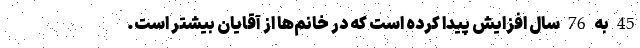
45 به 76 سال افزایش پیدا کرده است که در خانم‌ها از آقایان بیشتر است.